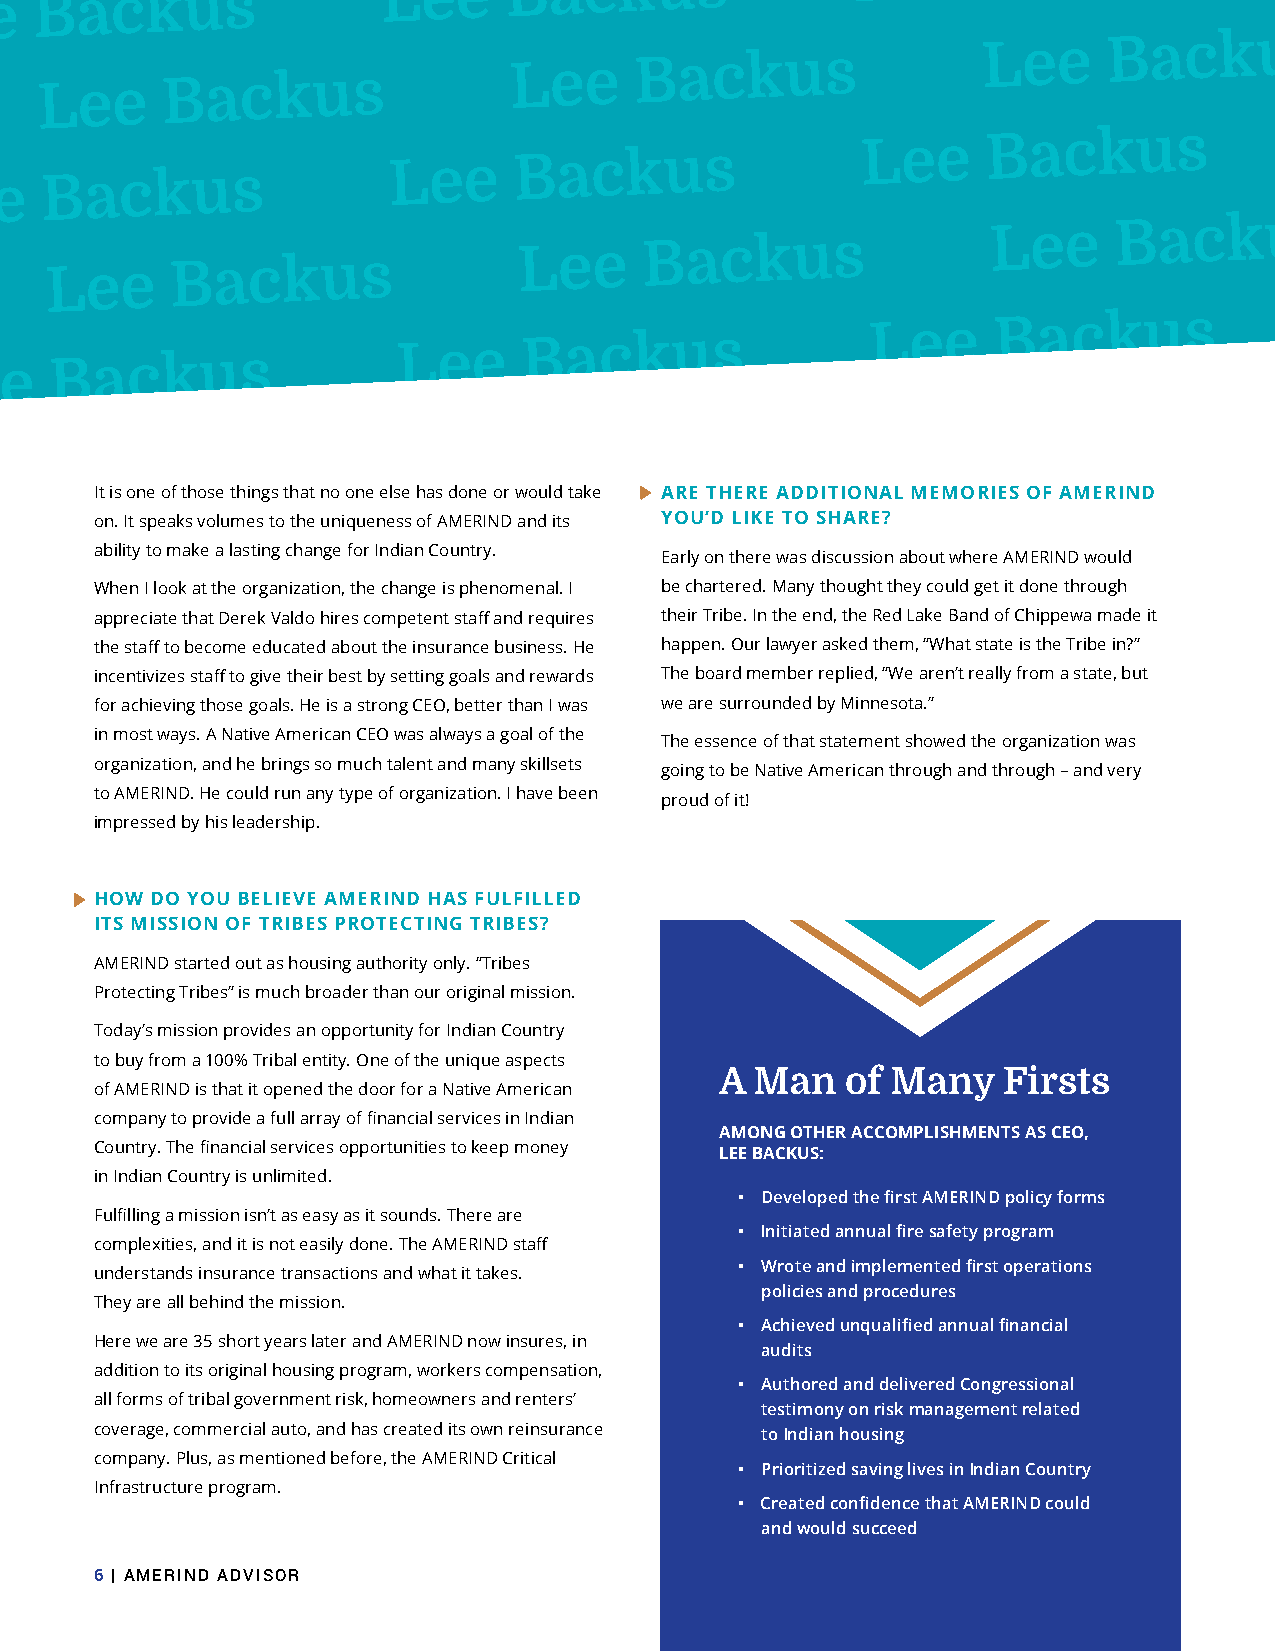
Lee
 Backus
 Lee
 Backus
 Lee
 Backus
 Lee
 Lee
 Backus
 Lee
 Backus
 Lee
 Backus
 Lee
 Backus
 Lee
 Backus
 Lee
 Backus
 Lee
 Lee
 Backus
 Lee
 Backus
 Lee
 Backus
 Lee
 Backus
 Lee
 Backus
 Lee
 Backus
 Lee
 It is one of those things that no one else has done or would take ARE THERE ADDITIONAL MEMORIES OF AMERIND
 on. It speaks volumes to the uniqueness of AMERIND and its YOU’D LIKE TO SHARE?
 ability to make a lasting change for Indian Country.
 Early on there was discussion about where AMERIND would
 When I look at the organization, the change is phenomenal. I be chartered. Many thought they could get it done through
 appreciate that Derek Valdo hires competent staff and requires their Tribe. In the end, the Red Lake Band of Chippewa made it
 the staff to become educated about the insurance business. He happen. Our lawyer asked them, “What state is the Tribe in?”
 incentivizes staff to give their best by setting goals and rewards The board member replied, “We aren’t really from a state, but
 for achieving those goals. He is a strong CEO, better than I was we are surrounded by Minnesota.”
 in most ways. A Native American CEO was always a goal of the
 The essence of that statement showed the organization was
 organization, and he brings so much talent and many skillsets
 going to be Native American through and through – and very
 to AMERIND. He could run any type of organization. I have been
 proud of it!
 impressed by his leadership.
 HOW DO YOU BELIEVE AMERIND HAS FULFILLED
 ITS MISSION OF TRIBES PROTECTING TRIBES?
 AMERIND started out as housing authority only. “Tribes
 Protecting Tribes” is much broader than our original mission.
 Today’s mission provides an opportunity for Indian Country
 to buy from a 100% Tribal entity. One of the unique aspects
 A Man   of Many   Firsts
 of AMERIND is that it opened the door for a Native American
 company to provide a full array of financial services in Indian
 AMONG OTHER ACCOMPLISHMENTS AS CEO,
 Country. The financial services opportunities to keep money LEE BACKUS:
 in Indian Country is unlimited.
 • DevelopedthefirstAMERINDpolicyforms
 Fulfilling a mission isn’t as easy as it sounds. There are
 • Initiatedannualfiresafetyprogram
 complexities, and it is not easily done. The AMERIND staff
 • Wroteandimplementedfirstoperations
 understands insurance transactions and what it takes.
 policiesandprocedures
 They are all behind the mission.
 • Achievedunqualifiedannualfinancial
 Here we are 35 short years later and AMERIND now insures, in
 audits
 addition to its original housing program, workers compensation,
 • AuthoredanddeliveredCongressional
 all forms of tribal government risk, homeowners and renters’
 testimonyonriskmanagementrelated
 coverage, commercial auto, and has created its own reinsurance toIndianhousing
 company. Plus, as mentioned before, the AMERIND Critical
 • PrioritizedsavinglivesinIndianCountry
 Infrastructure program.
 • CreatedconfidencethatAMERINDcould
 andwouldsucceed
 6 | AMERIND ADVISOR                                     PROTECTING OUR PEOPLE